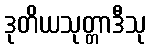
ဒုတိယသုတ္တာဒီသု